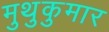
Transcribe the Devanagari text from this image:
मुथुकुमार